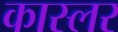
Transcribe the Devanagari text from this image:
कास्लर